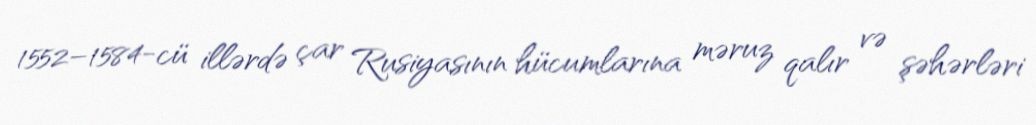
1552–1584-cü illərdə çar Rusiyasının hücumlarına məruz qalır və şəhərləri